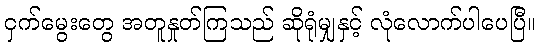
ငှက်မွေးတွေ အတူနှုတ်ကြသည် ဆိုရုံမျှနှင့် လုံလောက်ပါပေပြီ။